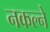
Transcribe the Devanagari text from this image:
नकल्ने